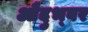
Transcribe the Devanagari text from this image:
औदुभ्बर